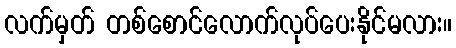
လက်မှတ် တစ်စောင်လောက်လုပ်ပေးနိုင်မလား။